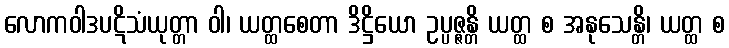
လောကဝါဒပဋိသံယုတ္တာ ဝါ၊ ယတ္ထစေတာ ဒိဋ္ဌိယော ဥပ္ပဇ္ဇန္တိ ယတ္ထ စ အနုသေန္တိ၊ ယတ္ထ စ